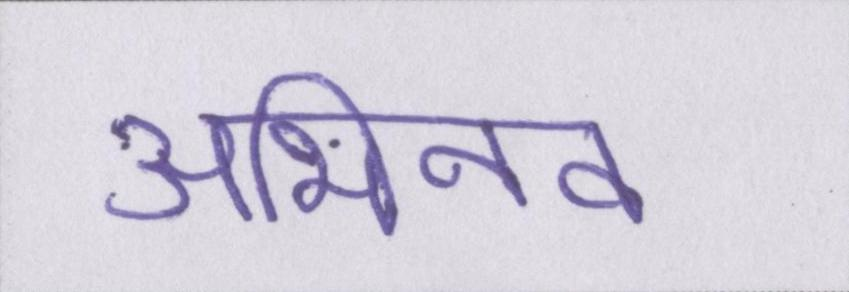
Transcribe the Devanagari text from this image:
अभिनव